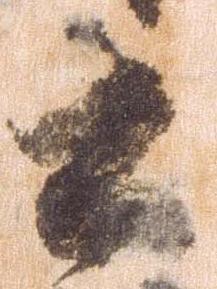
之